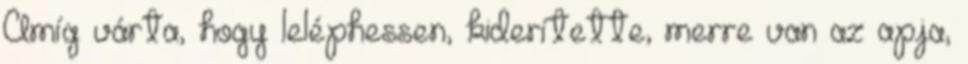
Amíg várta, hogy leléphessen, kiderítette, merre van az apja,